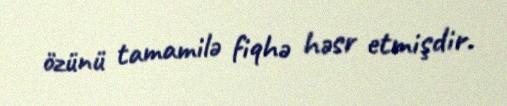
özünü tamamilə fiqhə həsr etmişdir.